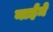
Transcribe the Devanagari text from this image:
नाईमे